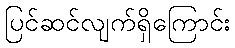
ပြင်ဆင်လျက်ရှိကြောင်း